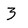
Character: 3